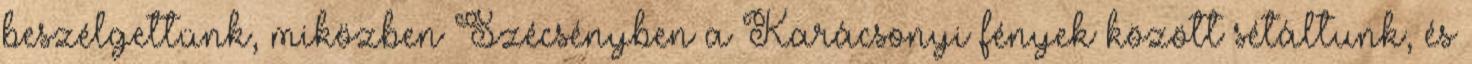
beszélgettünk, miközben Szécsényben a Karácsonyi fények között sétáltunk, és